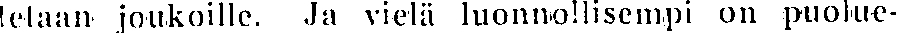
telaan joukoille. Ja vielä luonnollisempi on puolue-